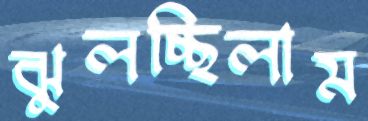
ঝুলচ্ছিলাম